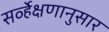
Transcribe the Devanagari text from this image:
सर्व्हेक्षणानुसार